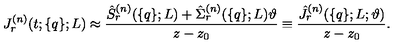
J _ { r } ^ { ( n ) } ( t ; \{ q \} ; L ) \approx \frac { \hat { S } _ { r } ^ { ( n ) } ( \{ q \} ; L ) + \hat { \Sigma } _ { r } ^ { ( n ) } ( \{ q \} ; L ) \vartheta } { z - z _ { 0 } } \equiv \frac { \hat { J } _ { r } ^ { ( n ) } ( \{ q \} ; L ; \vartheta ) } { z - z _ { 0 } } .